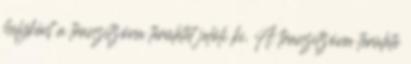
helyként a tranzitzóna területét jelöli ki. A tranzitzóna területe